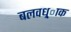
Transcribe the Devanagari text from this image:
बलवध्र्ाक